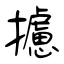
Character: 攄